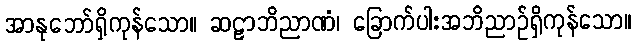
အာနုဘော်ရှိကုန်သော။ ဆဠာဘိညာဏံ၊ ခြောက်ပါးအဘိညာဉ်ရှိကုန်သော။